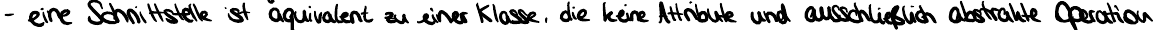
- eine Schnittstelle ist äquivalent zu einer Klasse, die keine Attribute und ausschließlich abstrakte Operation